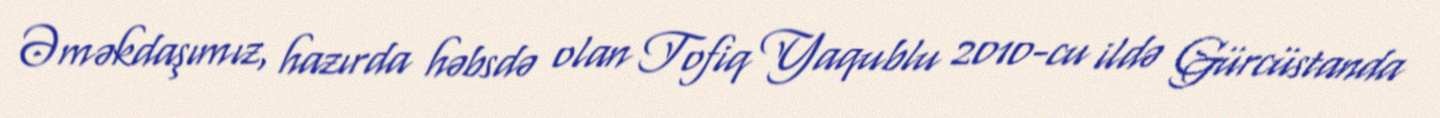
Əməkdaşımız, hazırda həbsdə olan Tofiq Yaqublu 2010-cu ildə Gürcüstanda